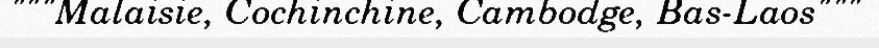
"""Malaisie, Cochinchine, Cambodge, Bas-Laos"""